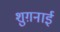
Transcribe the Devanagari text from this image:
शुग़नाई